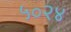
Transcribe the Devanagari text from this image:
५०२४